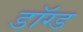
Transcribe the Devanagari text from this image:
डॉग्ड